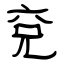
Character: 兗